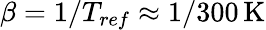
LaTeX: \beta=1/T_{ref}\approx 1/300\, \textrm{K}